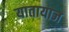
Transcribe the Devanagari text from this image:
यातायाज